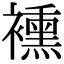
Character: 䙧